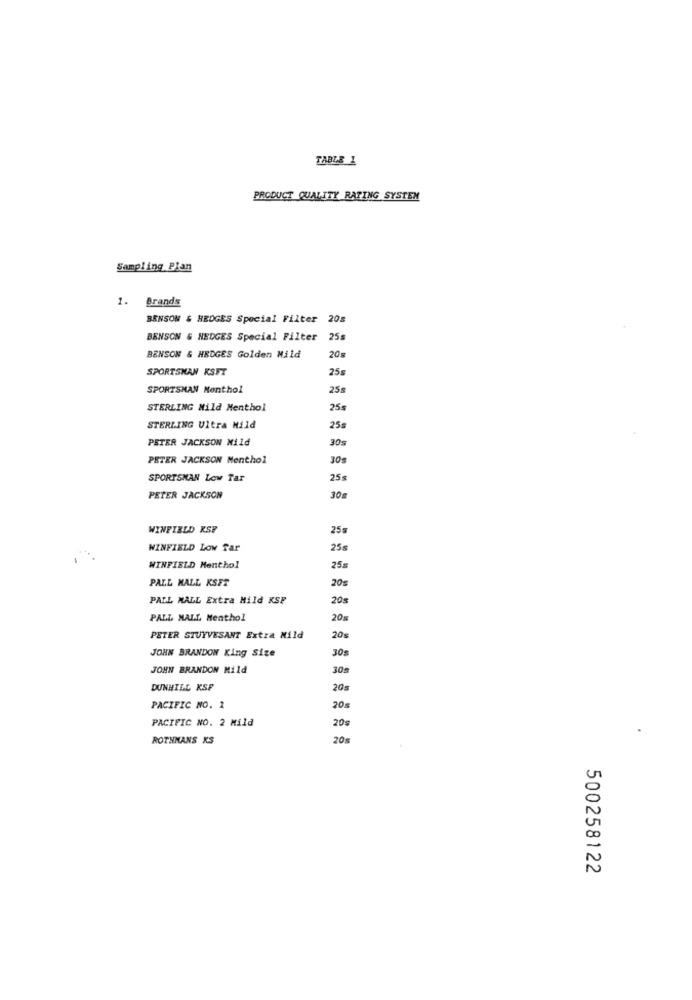
TABLE 1
PRODUCT QUALITY RATING SYSTEM
Sampling Plan
1. Brands
BENSON & HEDGES Special Filter 20s
BENSON & HEDGES Special Filter 25s
20s
BENSON & HEDGES Golden Mild
SPORTSMAN KSFT
25s
SPORTSMAN Menthol
25s
STERLING Mild Menthol
25s
STERLING Ultra Mild
25s
PETER JACKSON Mild
30
PETER JACKSON Menthol
30g
SPORTSMAN Low Tar
25%
PETER JACKSON
30
WINFIELD RSF
25s
WINFIELD Low Tar
25s
WINFIELD Menthol
25g
PALL MALL KSET
20€
PALL MALL Extra Mild KSF
20s
PALL MALL Menthol
20%
PETER STUYVESANT Extra Mild
20s
JOHN BRANDON King Size
30s
JOHN BRANDON Mild
30g
DUNHILL KSF
20s
PACIFIC NO. 1
20s
PACIFIC NO. 2 Mild
20g
ROTHMANS XS
20s
500258122